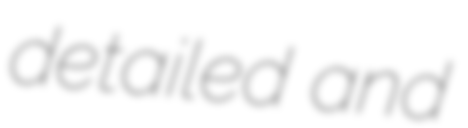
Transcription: detailed and